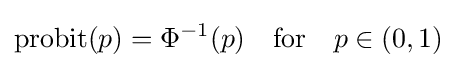
\operatorname {probit} (p)=\Phi ^{-1}(p)\quad {\text{for}}\quad p\in (0,1)